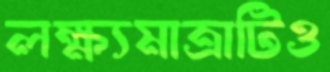
লক্ষ্যমাত্রাটিও